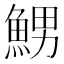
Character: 𲌷